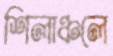
শিলাঞ্চলে